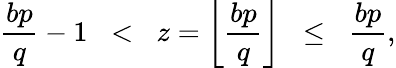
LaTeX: {\frac{bp}{q}}-1\; \; <\; \; z=\left\lfloor{\frac{bp}{q}}\right\rfloor\; \; \leq\; \; {\frac{bp}{q}},